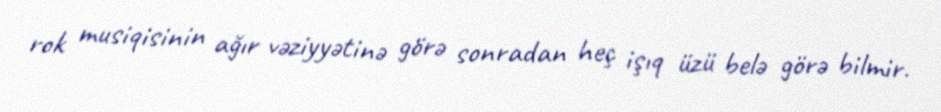
rok musiqisinin ağır vəziyyətinə görə sonradan heç işıq üzü belə görə bilmir.